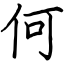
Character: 何